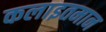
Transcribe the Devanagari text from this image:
कलाइतमान